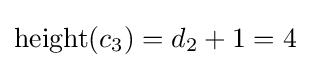
\operatorname {height} (c_{3})=d_{2}+1=4